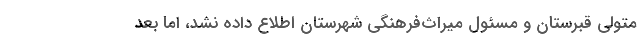
متولی قبرستان و مسئول میراث‌فرهنگی شهرستان اطلاع داده نشد، اما بعد